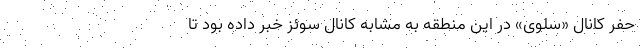
حفر کانال «سلوی» در این منطقه به مشابه کانال سوئز خبر داده بود تا